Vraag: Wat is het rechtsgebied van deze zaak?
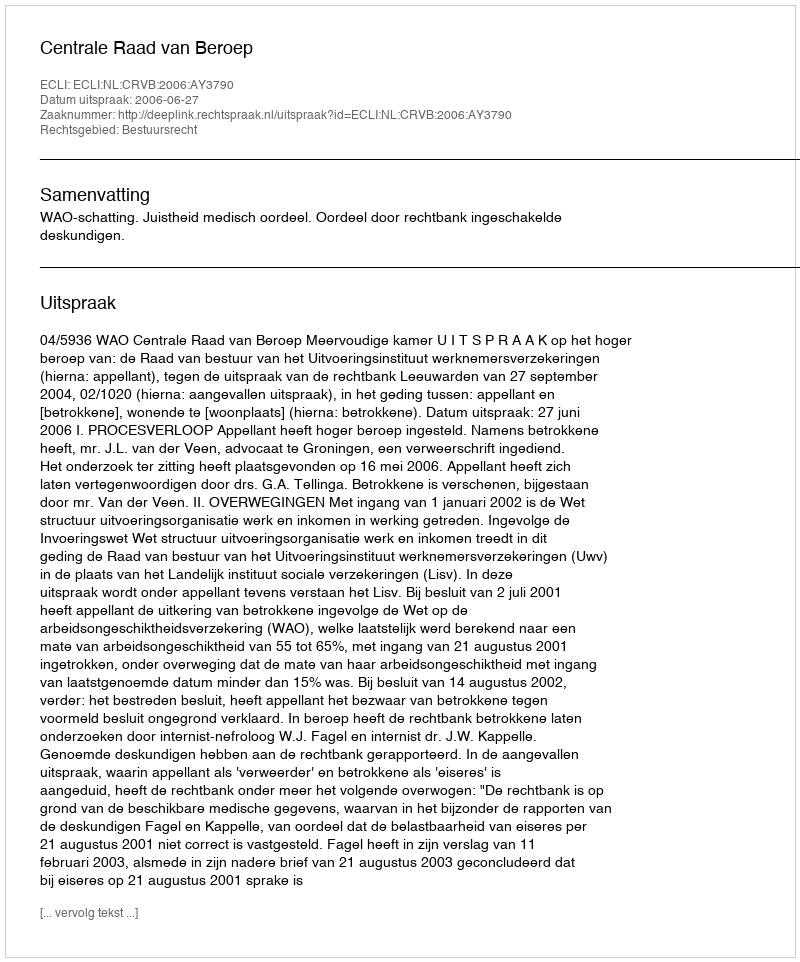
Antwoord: Bestuursrecht